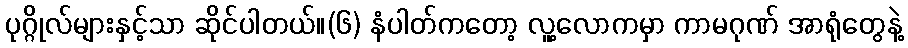
ပုဂ္ဂိုလ်များနှင့်သာ ဆိုင်ပါတယ်။(၆) နံပါတ်ကတော့ လူ့လောကမှာ ကာမဂုဏ် အာရုံတွေနဲ့